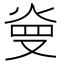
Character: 𤈬